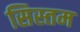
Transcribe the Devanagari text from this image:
सिस्तम